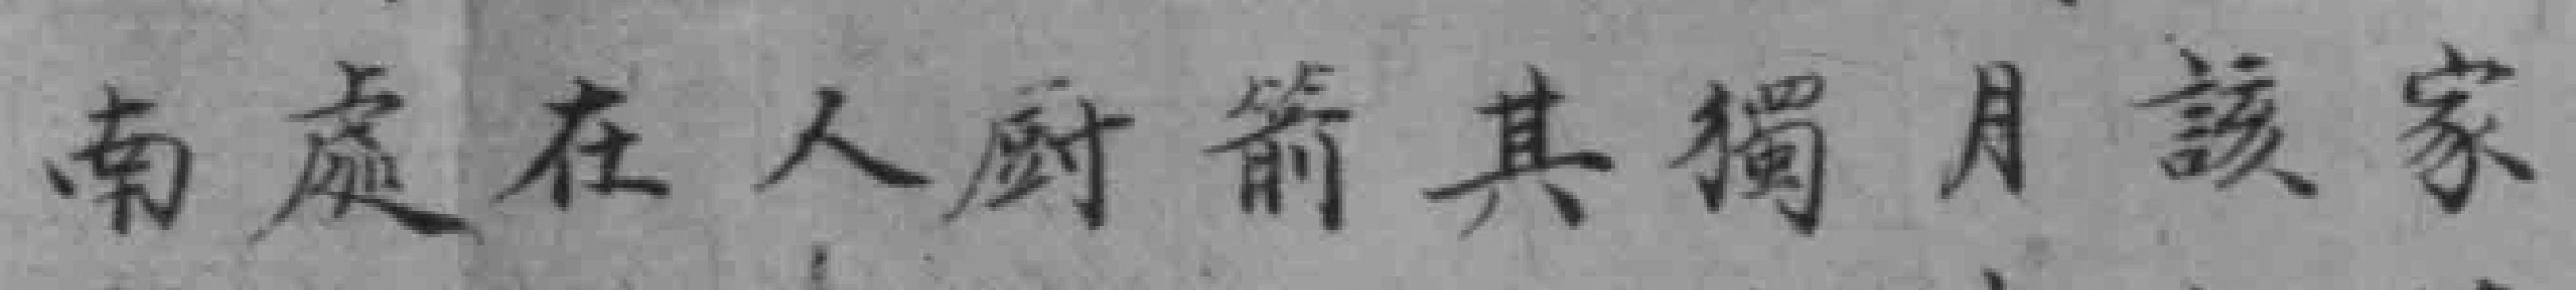
南處在人厨箭其獨月該家